Annual report of the Punjab Veterinary College and of the Civil Veterinary Department, Punjab - 1909-1919
Year: 1909
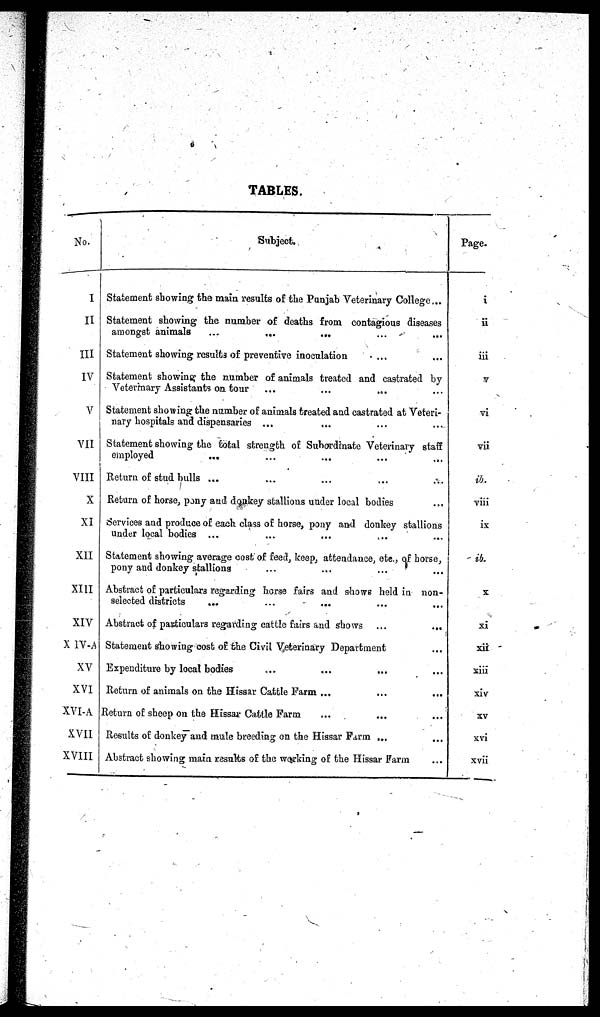
TABLES.
No.
I
II
III
IV
V
VII
VIII
X
XI
XII
XIII
XIV
X IV-A
XV
XVI
XVI-A
XVII
XVIII
Subject.
Statement showing the main results of the Punjab Veterinary College...
Statement showing the number of deaths from contagious diseases
amongst animals
...
...
... ... ...
Statement showing results of preventive inoculation ... ...
Statement showing the number of animals treated and castrated by
Veterinary Assistants on tour ... ... ... ...
Statement showing the number of animals treated and castrated at Veteri-
nary hospitals and dispensaries ... ... ... ...
Statement showing the total strength of Subordinate Veterinary staff
employed
... ... ... ... ...
Return of stud bulls ... ... ... ... ...
Return of horse, pony and donkey stallions under local bodies ...
Services and produce of each class of horse, pony and donkey stallions
under local bodies ... ... ... ... ...
Statement showing average cost of feed, keep, attendance, etc., of horse,
pony and donkey stallions ... ... ... ...
Abstract of particulars regarding horse fairs and shows held in non-
selected districts ... ... ... ... ...
Abstract of particulars regarding cattle fairs and shows ...
...
Statement showing cost of the Civil Veterinary Department ...
Expenditure by local bodies ... ... ... ...
Return of animals on the Hissar Cattle Farm ... ... ...
Return of sheep on the Hissar Cattle Farm ... ... ...
Results of donkey and mule breeding on the Hissar Farm ... ...
Abstract showing main results of the working of the Hissar Farm ...
Page.
i
ii
iii
v
vi
vii
ib.
viii
ix
ib.
x
xi
xii
xiii
xiv
xv
xvi
xvii